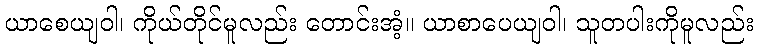
ယာစေယျဝါ၊ ကိုယ်တိုင်မူလည်း တောင်းအံ့။ ယာစာပေယျဝါ၊ သူတပါးကိုမူလည်း